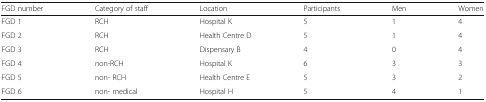
| FGD number | Category of staff | Location | Participants | Men | Women |
 | --- | --- | --- | --- | --- | --- |
 | FGD 1 | RCH | Hospital K | 5 | 1 | 4 |
 | FGD 2 | RCH | Health Centre D | 5 | 1 | 4 |
 | FGD 3 | RCH | Dispensary B | 4 | 0 | 4 |
 | FGD 4 | non-RCH | Hospital K | 6 | 3 | 3 |
 | FGD 5 | non- RCH | Health Centre E | 5 | 3 | 2 |
 | FGD 6 | non- medical | Hospital H | 5 | 4 | 1 |